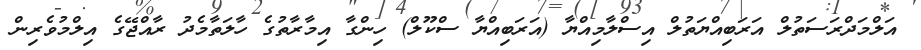
އަލްމަދްރަސަތުލް އަރަބިއްޔަތުލް އިސްލާމިއްޔާ (އަރަބިއްޔާ ސްކޫލް) ހިންގާ އިމާރާތުގެ ހާލަތާމެދު ރާއްޖޭގެ އިލްމުވެރިން